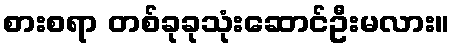
စားစရာ တစ်ခုခုသုံးဆောင်ဦးမလား။